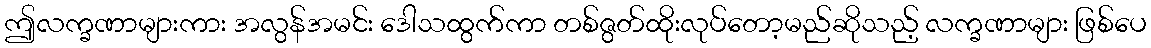
ဤလက္ခဏာများကား အလွန်အမင်း ဒေါသထွက်ကာ တစ်ဇွတ်ထိုးလုပ်တော့မည်ဆိုသည့် လက္ခဏာများ ဖြစ်ပေ